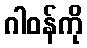
ဂါဝန်ကို